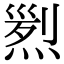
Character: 煭